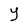
Character: Y